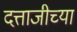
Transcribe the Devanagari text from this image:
दत्ताजीच्या